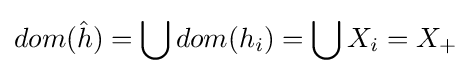
dom({\hat {h}})=\bigcup dom(h_{i})=\bigcup X_{i}=X_{+}